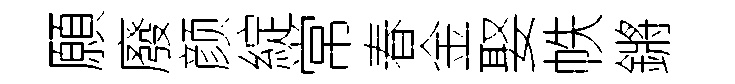
願廢颜綻常春金娶帙鏘